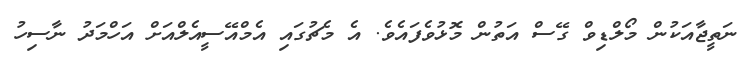
ނަތީޖާއަކުން މޯލްޑިވް ގޭސް އަތުން މޮޅުވެފައެވެ. އެ މެޗުގައި އެމްއޭސީއެލްއަށް އަހްމަދު ނާސިހު